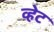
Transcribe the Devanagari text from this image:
व्हेट